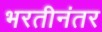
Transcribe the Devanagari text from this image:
भरतीनंतर